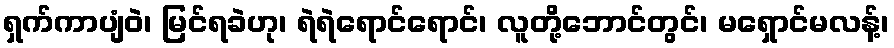
ရှက်ကာပျံဝဲ၊ မြင်ရခဲဟု၊ ရဲရဲရောင်ရောင်၊ လူတို့ဘောင်တွင်၊ မရှောင်မလန့်၊